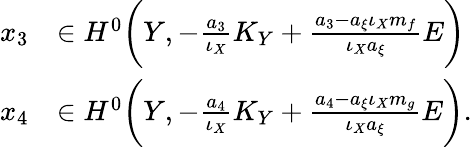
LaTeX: \begin{array}{rl}{x_{3}}&{\in H^{0}\bigg(Y,-\frac{a_{3}}{\iota_{X}}K_{Y}+\frac{a_{3}-a_{\xi}\iota_{X}m_{f}}{\iota_{X}a_{\xi}}E\bigg)}\\ {x_{4}}&{\in H^{0}\bigg(Y,-\frac{a_{4}}{\iota_{X}}K_{Y}+\frac{a_{4}-a_{\xi}\iota_{X}m_{g}}{\iota_{X}a_{\xi}}E\bigg).}\end{array}